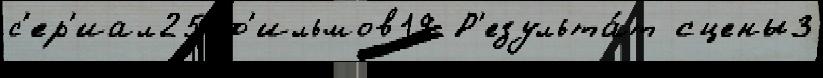
с'ер'иал25 ф'ильмов19 Р'езульта́т сцены3